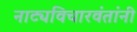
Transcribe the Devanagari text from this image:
नाट्यविचारवंतांनी